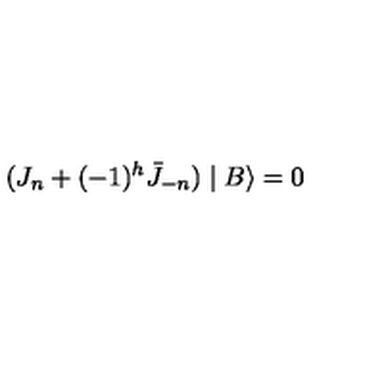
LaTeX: ( J _ { n } + ( - 1 ) ^ { h } \bar { J } _ { - n } ) \mid B \rangle = 0